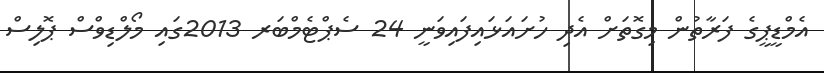
އެމްޑީޕީގެ ފަރާތުން މިގޮތަށް އެދި ހުށައަޅައިިފައިވަނީ 24 ސެޕްޓެމްބަރ 2013ގައި މޯލްޑިވްސް ޕޮލިސް